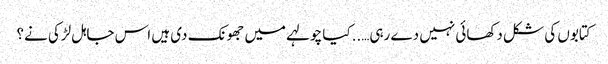
کتابوں کی شکل دکھائی نہیں دے رہی…..کیا چولہے میں جھونک دی ہیں اس جاہل لڑکی نے؟